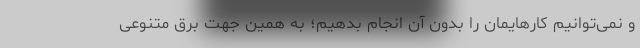
و نمی‌توانیم کارهایمان را بدون آن انجام بدهیم؛ به همین جهت برق متنوعی